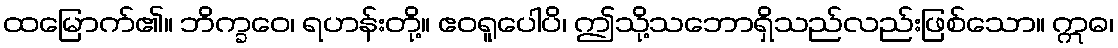
ထမြောက်၏။ ဘိက္ခဝေ၊ ရဟန်းတို့။ ဧဝရူပေါပိ၊ ဤသို့သဘောရှိသည်လည်းဖြစ်သော။ ဣဓ၊